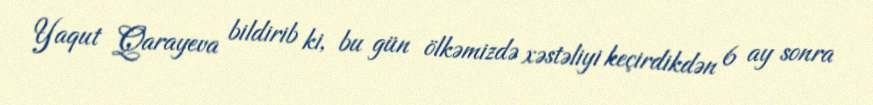
Yaqut Qarayeva bildirib ki, bu gün ölkəmizdə xəstəliyi keçirdikdən 6 ay sonra